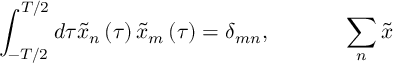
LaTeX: \int _ { - T / 2 } ^ { T / 2 } d \tau \tilde { x } _ { n } \left( \tau \right) \tilde { x } _ { m } \left( \tau \right) = \delta _ { m n } , \mathrm { ~ \ \ \ \ \ \ \ \ \ } \sum _ { n } \tilde { x }